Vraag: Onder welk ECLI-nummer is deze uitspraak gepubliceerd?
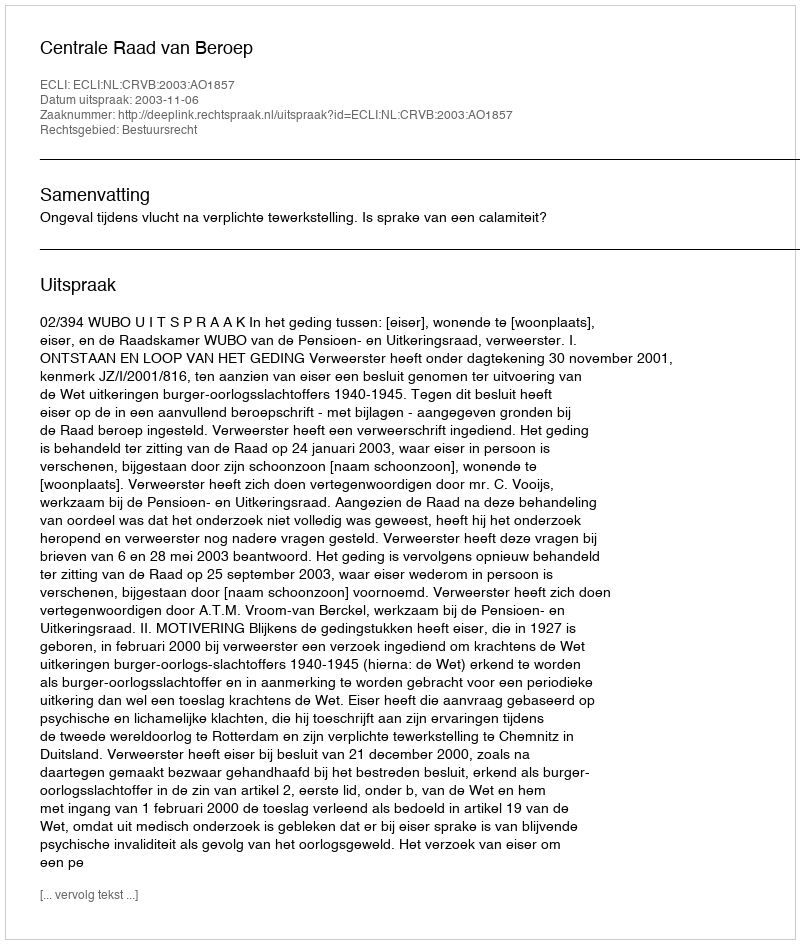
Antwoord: ECLI:NL:CRVB:2003:AO1857